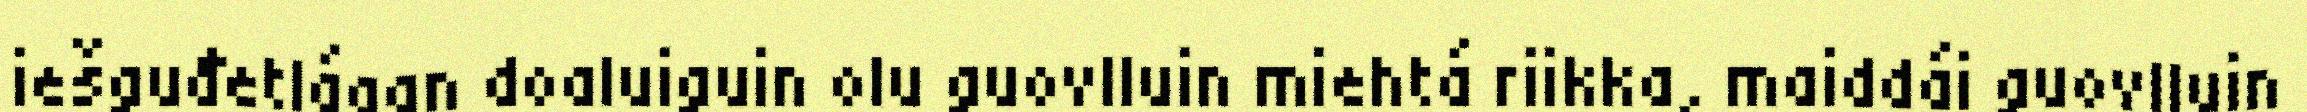
iešguđetlágan doaluiguin olu guovlluin miehtá riikka, maiddái guovlluin